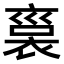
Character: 𧚱